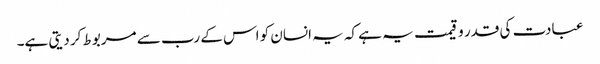
عبادت کی قدر و قیمت یہ ہے کہ یہ انسان کو اس کے رب سے مربوط کر دیتی ہے۔